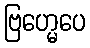
ဗြဟ္မေပေ